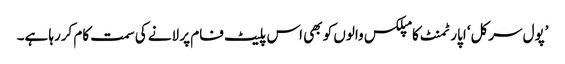
’پول سرکل‘ اپارٹمنٹ کامپلکس والوں کو بھی اس پلیٹ فام پر لانے کی سمت کام کررہا ہے۔